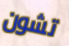
تشون